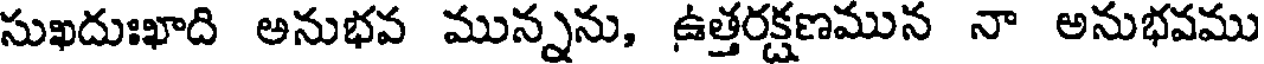
సుఖదుఃఖాది అనుభవ మున్నను, ఉత్తరక్షణమున నా అనుభవము